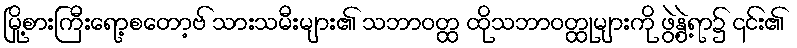
မြို့စားကြီးရော့စတော့ဗ် သားသမီးများ၏ သဘာဝတ္ထ ထိုသဘာဝတ္ထုများကို ဖွဲ့နွဲ့ရာ၌ ၎င်း၏